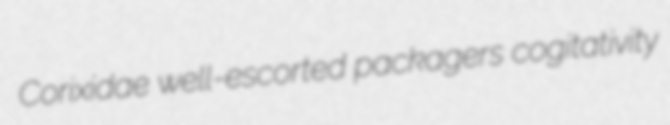
Corixidae well-escorted packagers cogitativity